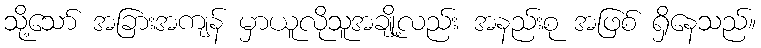
သို့သော် အခြားအကျန် မှာယူလိုသူအချို့လည်း အနည်းစု အဖြစ် ရှိနေသည်။